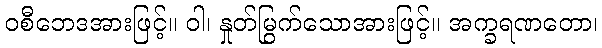
ဝစီဘေဒအားဖြင့်။ ဝါ၊ နှုတ်မြွက်သောအားဖြင့်။ အက္ခရဏတော၊